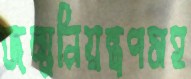
জন্মনিয়ন্ত্রণসহ